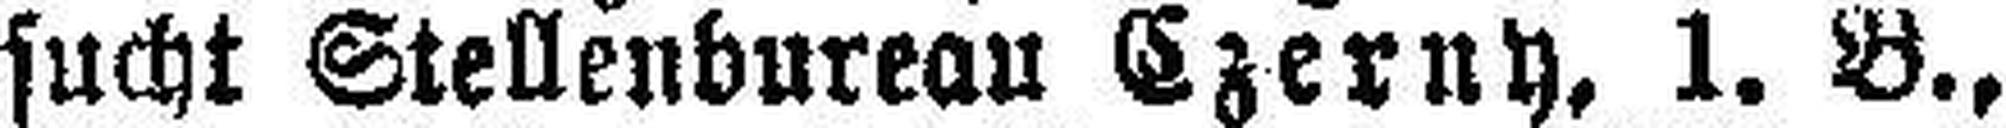
sucht Stellenbureau Czerny, 1. B.,